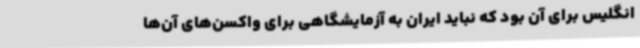
انگلیس برای آن بود که نباید ایران به آزمایشگاهی برای واکسن‌های آن‌ها